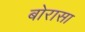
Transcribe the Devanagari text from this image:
बोरासा